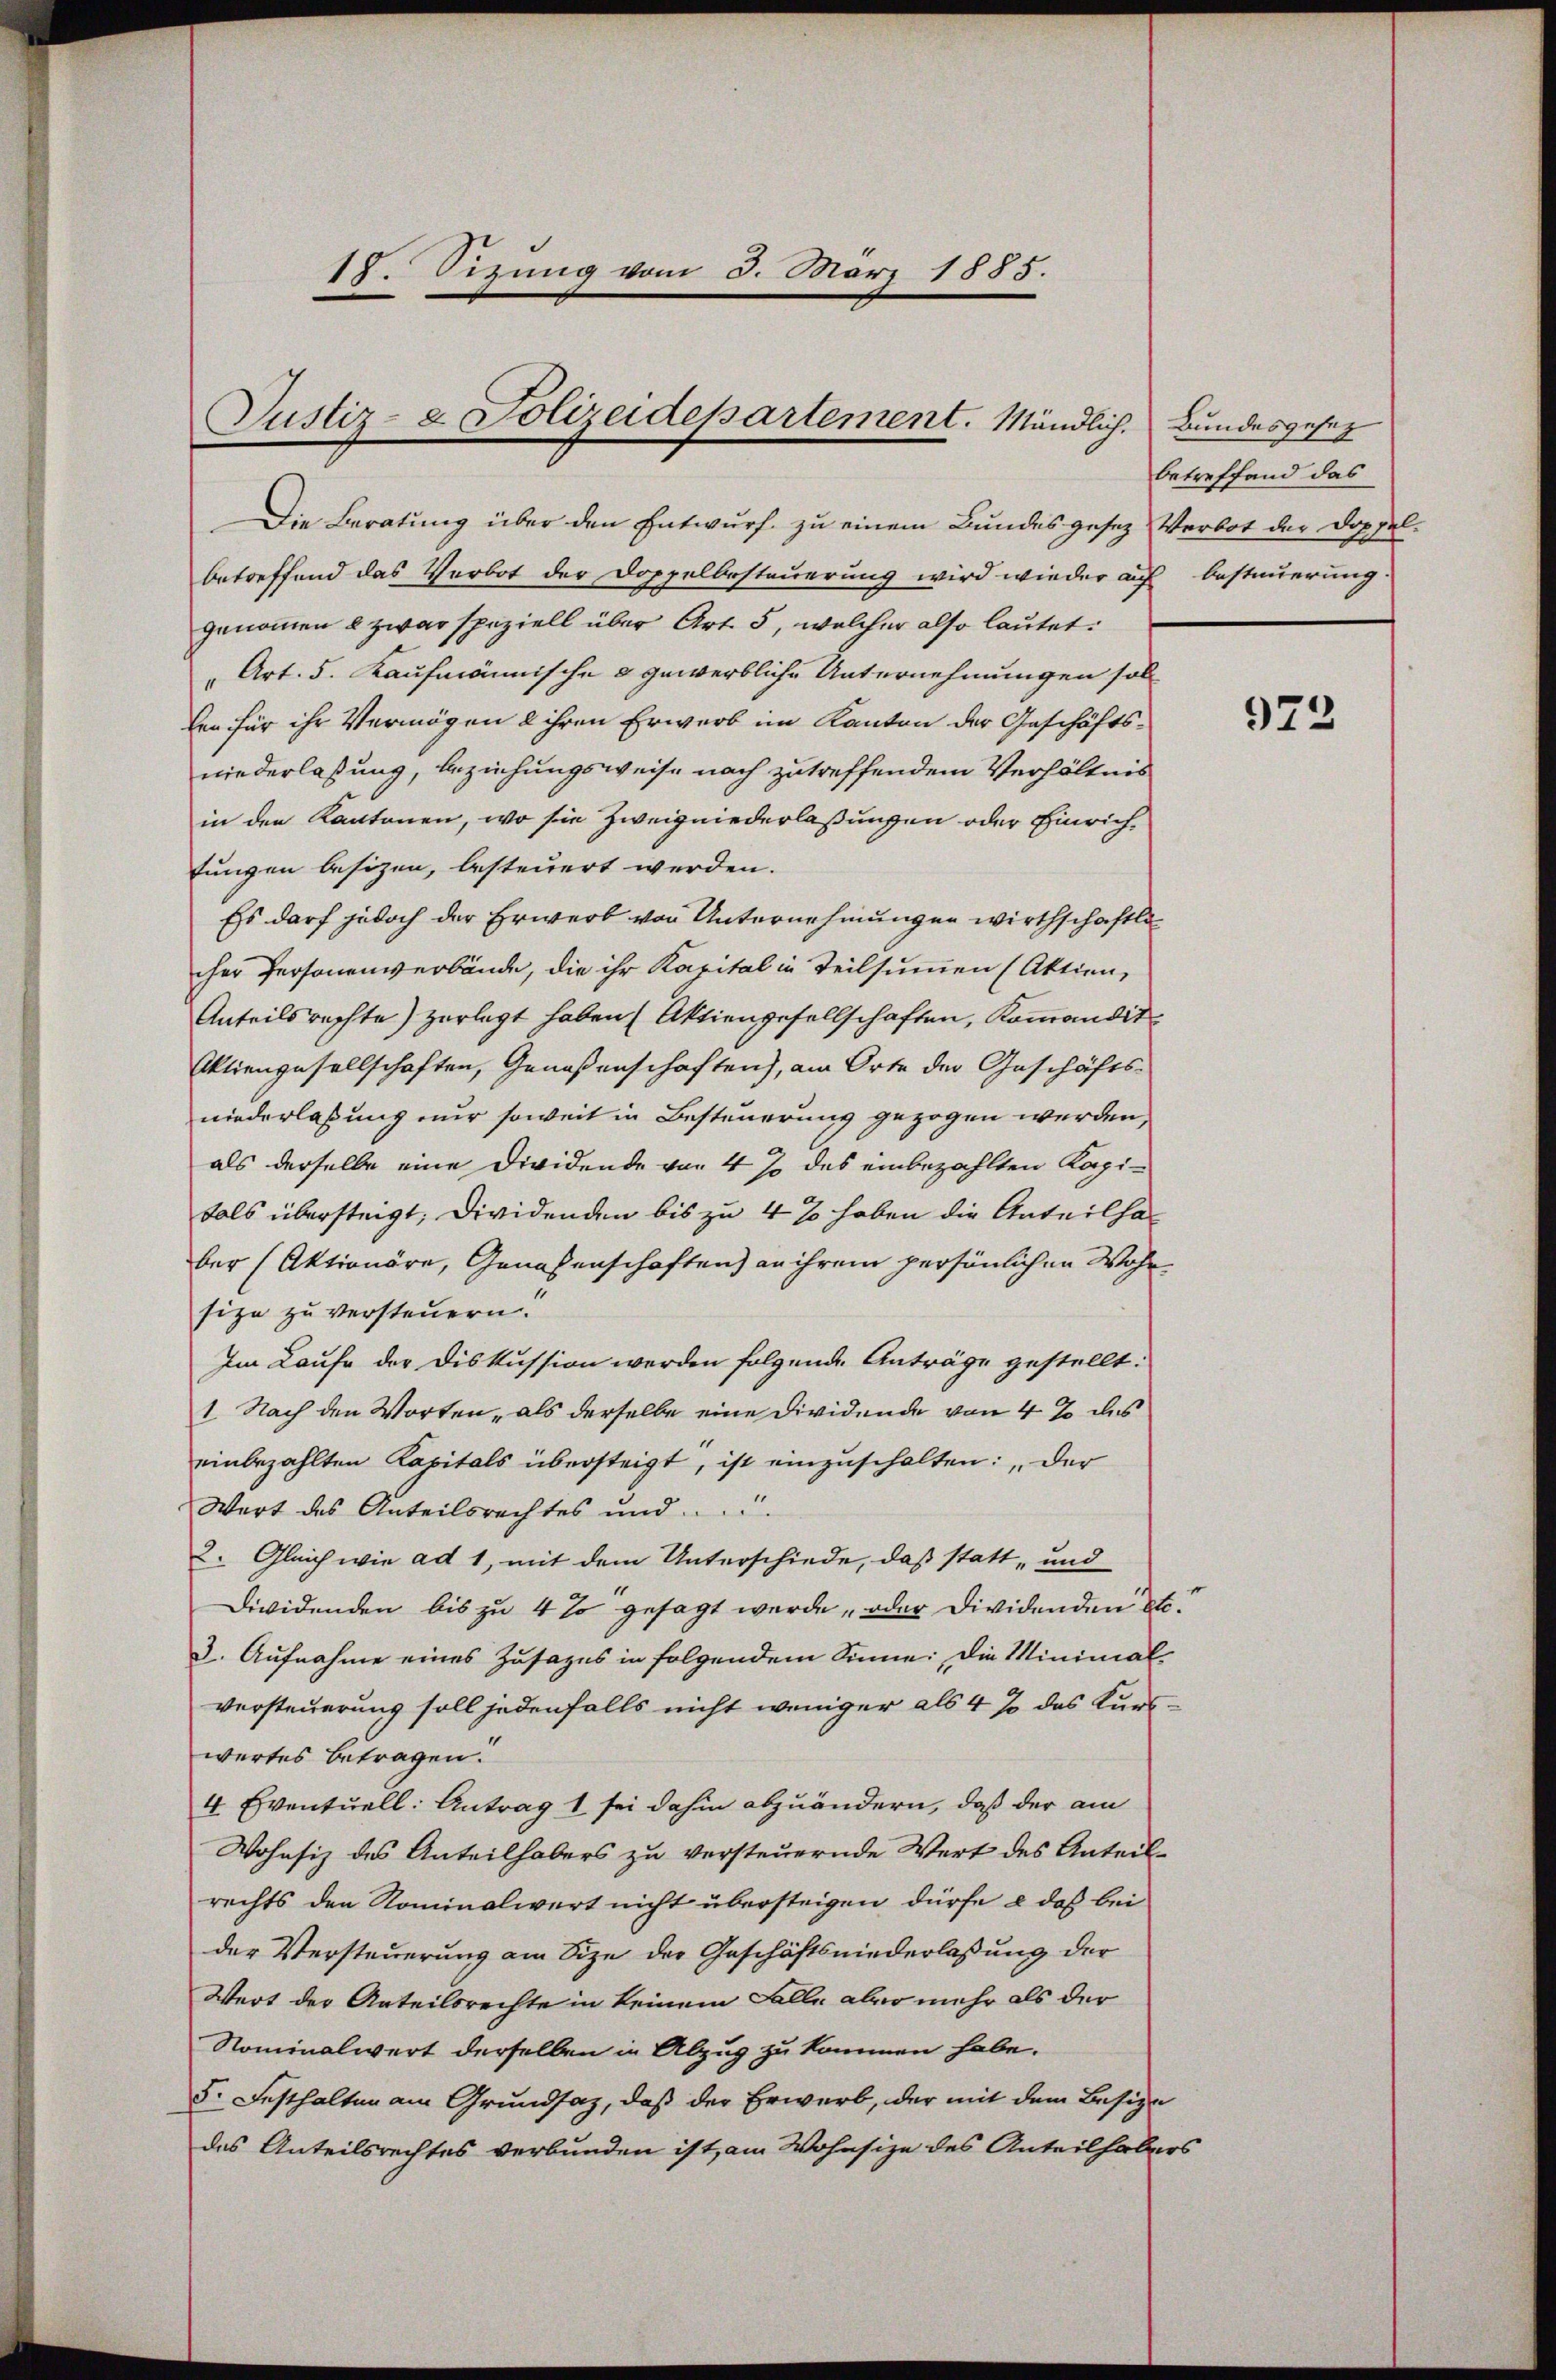
18. Sizung vom 3. März 1885.
Justiz- & Polizeidepartement. Mändlich. Bundesgesez

Die Beratung über den Entwurf zu einem Bundesgesez Verbot der Doppel¬

betreffend das Verbot der Doppelbesteuerung wird wieder auf
genommen & zwar speziell über Art. 5, welcher also lautet:
"Art. 5. Kaufmännische & gewerbliche Unternehmungen sol
len für ihr Vermögen & ihren Erwerb im Kanton der Geschäfts-
niederlaßung, beziehungsweise nach zutreffendem Verhältnis
in den Kantonen, wo sie Zweigniederlaßungen oder Einrichtungen besizen, besteuert werden.
Es darf jedoch der Erwerb von Unternehmungen wirthschaftlicher Personenverbände, die ihr Kapital in Teilsummen (Aktien,
Anteilsrechte) zerlegt haben (Aktiengesellschaften, Kommandit
Aktiengesellschaften, Genoßenschaften), am Orte der Geschäftsniederlaßung nur soweit in Besteuerung gezogen werden,
als derselbe eine Dividende von 4 % des einbezahlten Kapitals übersteigt; Dividenden bis zu 4 % haben die Anteilha
ber (Aktionäre, Genossenschaften) an ihrem persönlichen Wohnsize zu versteuern.
Im Laufe der Diskussion werden folgende Anträge gestellt.
1. Nach den Worten, als derselbe eine Dividende von 4 % des
einbezahlten Kapitals übersteigt, ist einzuschalten: Der
Wart des Anteilsrechtes und ...
2. Gleich wie ad 1, mit dem Unterschiede, daß statt- und
Dividenden bis zu 4 % gesagt werde, oder Dividenden St.
3. Aufnahme eines Zusages in folgendem Sinne: Die Minimal
versteuerung soll jedenfalls nicht weniger als 4 % des Kurswertes betragen.
4 Eventuell: Antrag 1 sei dahin abzuändern, daß der am
Wohnsiz des Anteilhabers zu versteuernde Wert des Anteil-
rechts den Nominalwert nicht übersteigen dürfe & daß bei
der Versteuerung am Size der Geschäftsniederlassung der
Wert der Anteilsrechte in keinem Falle aber mehr als der
Nominalwert derselben in Abzug zu kommen habe.
5. Festhalten am Grundsaz, daß der Erwerb, der mit dem Besize
des Anteilsrechtes verbunden ist, am Wohnsize des Anteilhabers

betreffend das
besteuerung.

923